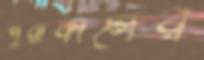
পুরাকালের